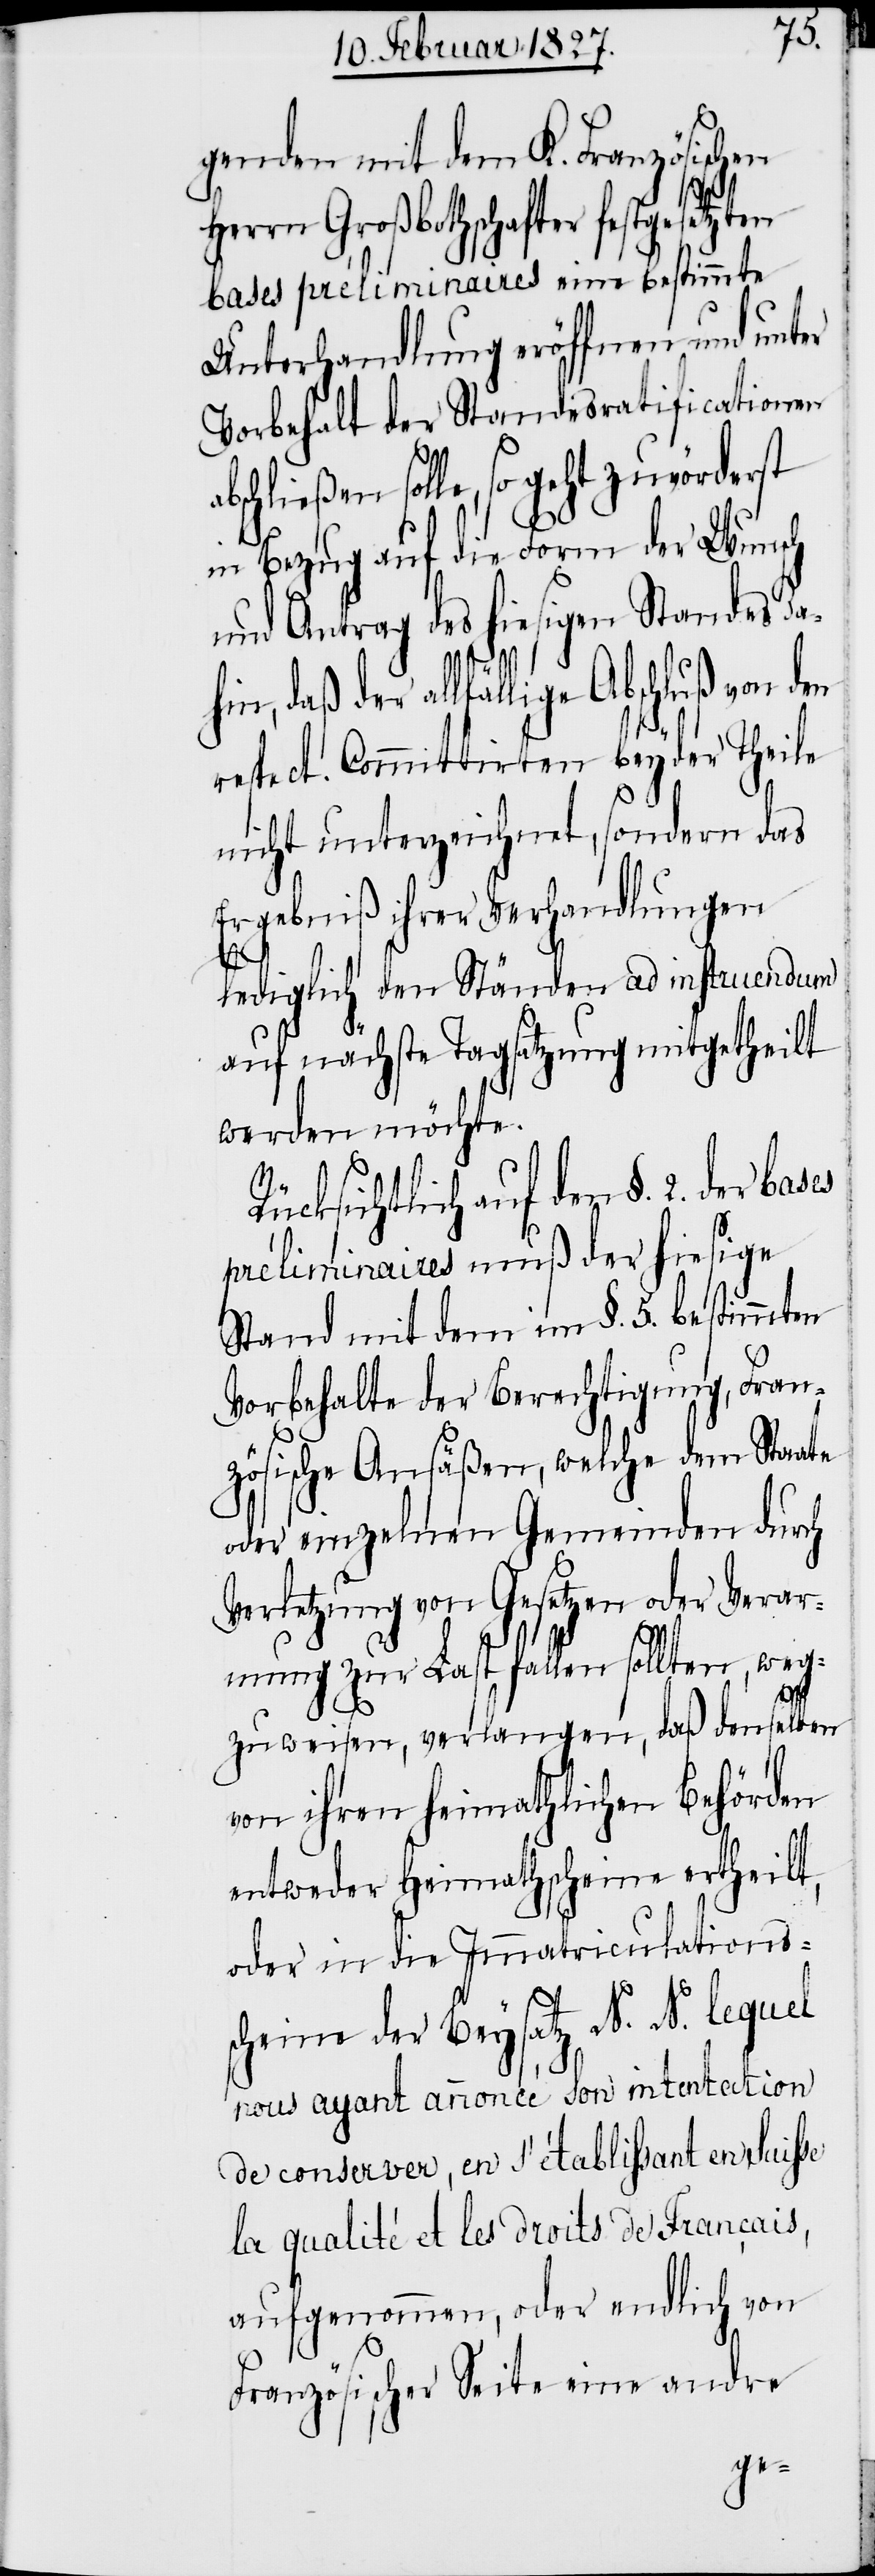
genden mit dem K. Französischen
Herrn Großbothschafter festgesetzten
bases préliminaires eine bestimmte
Unterhandlung eröffnen und unter
Vorbehalt der Standesratificationen
solle, so geht zuvörderst
in Bezug auf die Form der Wunsch
und Antrag des hiesigen Standes da¬
respect. Committirten beyder Theile
nicht unterzeichnet, sondern das
Ergebniß ihrer Verhandlungen
lediglich den Ständen ad instruendum
auf nächste Tagsatzung mitgetheilt
werden möchte.
Rücksichtlich auf den §. 2. der
préliminaires muß der hiesige
Stand mit dem im §. 5. bestimmten
Vorbehalte der Berechtigung, Fran¬
zösische Ansäßen, welche dem Staate
oder einzelnen Gemeinden durch
Verletzung von Gesetzen oder Verar¬
mung zur Last fallen sollten, weg¬
hin,
zuweisen, verlangen, daß denselben
von ihren heimathlichen Behörden
entweder Heimathscheine ertheilt,
oder in die Immatriculationss¬
cheine der Beysatz N. N. lequel
nous ayant annocé son intent action
de conserver, en s’établissant en Suisse
la qualité et les droits de Francais,
aufgenommen, oder endlich von
Französischer Seite eine andre